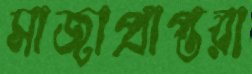
সাজাপ্রাপ্তরা